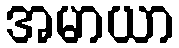
အမာယာ